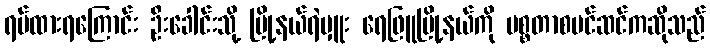
ရပ်ထားရကြောင်း ဦးခေါင်းသို့ မြို့နယ်ရဲမှူး ရေဖြူမြို့နယ်ကို မစ္စတာစဗင်ဆင်ကဆိုသည်